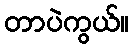
တာပဲကွယ်။